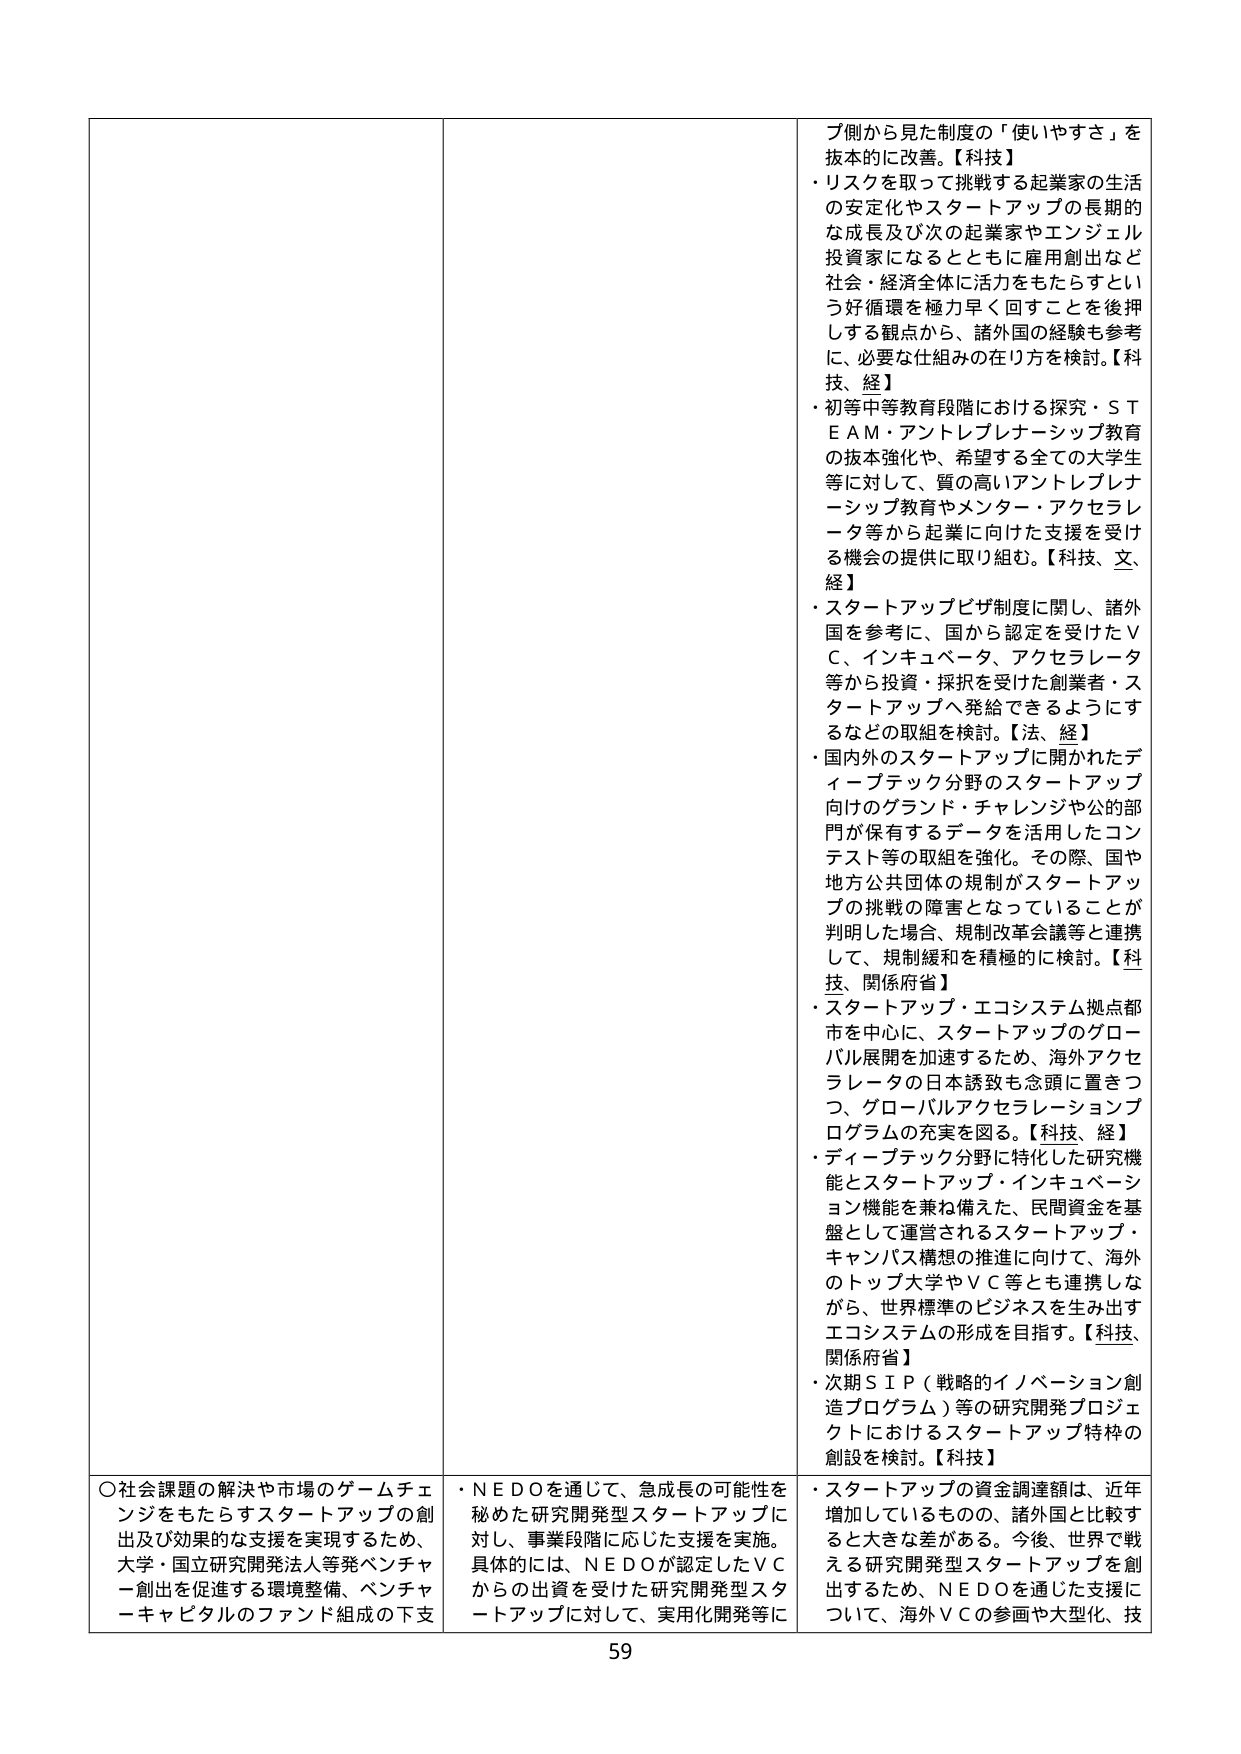
ブ側から見た制度の「使いやすさ」を抜本的に改善。【科技】
・リスクを取って挑戦する起業家の生活の安定化やスタートアップの長期的な成長及び次の起業家やエンジェル投資家になるとともに雇用創出など社会・経済全体に活力をもたらすという好循環を極力早く回すことを後押しする観点から、諸外国の経験も参考に、必要な仕組みの在り方を検討。【科技、経】
・初等中等教育段階における探究・ＳＴＥＡＭ・アントレプレナーシップ教育の抜本強化や、希望する全ての大学生等に対して、質の高いアントレプレナーシップ教育やメンター・アクセラレータ等から起業に向けた支援を受けられる機会の提供に取り組む。【科技、文、経】
・スタートアップビザ制度に関し、諸外国を参考に、国から認定を受けたＶＣ、インキュベータ、アクセラレータ等から投資・採択を受けた創業者・スタートアップへ発給できるようにするなどの取組を検討。【法、経】
・国内外のスタートアップに開かれたディープテック分野のスタートアップ向けのグランド・チャレンジや公的部門が保有するデータを活用したコンテスト等の取組を強化。その際、国や地方公共団体の規制がスタートアップの挑戦の障害となっていることが判明した場合、規制改革会議等と連携して、規制緩和を積極的に検討。【科技、関係府省】
・スタートアップ・エコシステム拠点都市を中心に、スタートアップのグローバル展開を加速するため、海外アクセラレータの日本誘致も念頭に置きつつ、グローバルアクセラレーションプログラムの充実を図る。【科技、経】
・ディープテック分野に特化した研究機能とスタートアップ・インキュベーション機能を兼ね備えた、民間資金を基盤として運営されるスタートアップ・キャンパス構想の推進に向けて、海外のトップ大学やＶＣ等とも連携しながら、世界標準のビジネスを生み出すエコシステムの形成を目指す。【科技、関係府省】
・次期ＳＩＰ（戦略的イノベーション創造プログラム）等の研究開発プロジェクトにおけるスタートアップ特枠の創設を検討。【科技】

〇社会課題の解決や市場のゲームチェンジをもたらすスタートアップの創出及び効果的な支援を実現するため、大学・国立研究開発法人等発ベンチャー創出を促進する環境整備、ベンチャーキャピタルのファンド組成の下支
・ＮＥＤＯを通じて、急成長の可能性を秘めた研究開発型スタートアップに対し、事業段階に応じた支援を実施。具体的には、ＮＥＤＯが認定したＶＣからの出資を受けた研究開発型スタートアップに対して、実用化開発等に
・スタートアップの資金調達額は、近年増加しているものの、諸外国と比較すると大きな差がある。今後、世界で戦える研究開発型スタートアップを創出するため、ＮＥＤＯを通じた支援について、海外ＶＣの参画や大型化、技

59